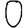
Digit: 0